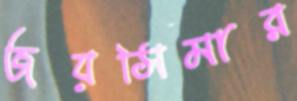
জয়সিমার